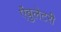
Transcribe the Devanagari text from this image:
ऐंबुलेटरी